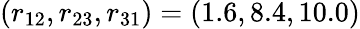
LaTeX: (r_{12},r_{23},r_{31})=(1.6,8.4,10.0)